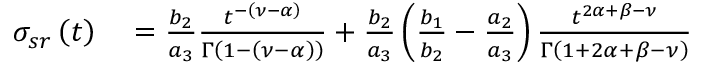
\begin{array} { r l } { \sigma _ { s r } \left( t \right) } & { { } = \frac { b _ { 2 } } { a _ { 3 } } \frac { t ^ { - \left( \nu - \alpha \right) } } { \Gamma \left( 1 - \left( \nu - \alpha \right) \right) } + \frac { b _ { 2 } } { a _ { 3 } } \left( \frac { b _ { 1 } } { b _ { 2 } } - \frac { a _ { 2 } } { a _ { 3 } } \right) \frac { t ^ { 2 \alpha + \beta - \nu } } { \Gamma \left( 1 + 2 \alpha + \beta - \nu \right) } } \end{array}